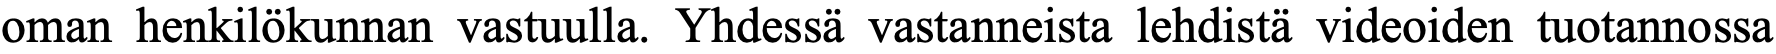
oman henkilökunnan vastuulla. Yhdessä vastanneista lehdistä videoiden tuotannossa